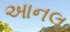
આનલ